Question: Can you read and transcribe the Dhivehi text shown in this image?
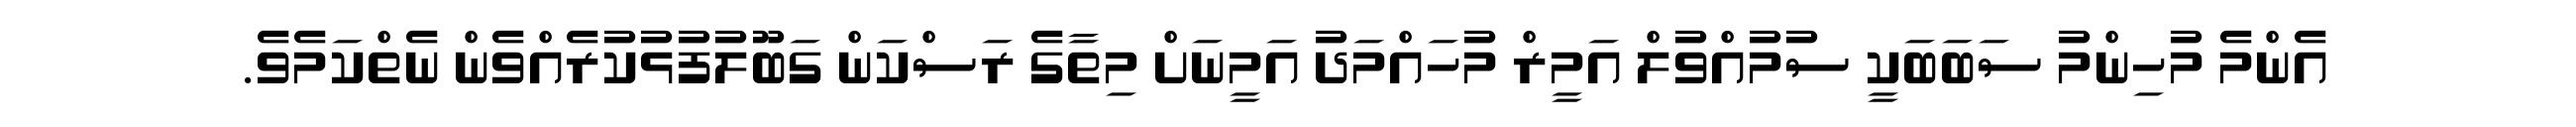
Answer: އެންމެ މުހިންމު ސަބަބަކީ ސުމުއްވުލް އަމީރް މުހައްމަދު އަމީނަށް މިތާގެ ރަސްކަން ގަބޫލުފުޅުކުރެއްވެން ނެތްކަމެވެ.